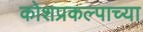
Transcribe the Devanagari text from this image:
कोशप्रकल्पाच्या